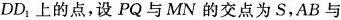
DD_{1}上的点，设PQ与MN的交点为S，AB与